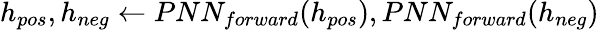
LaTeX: h_{pos},h_{neg}\gets PNN_{forward}(h_{pos}),PNN_{forward}(h_{neg})